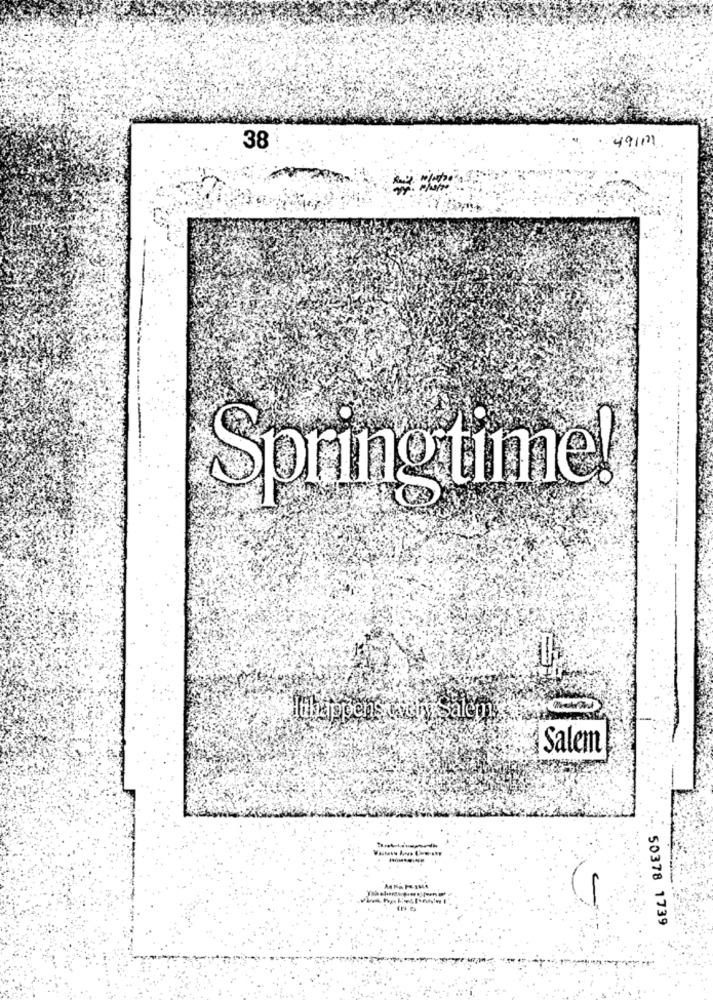
491111
38
Spring time!
Salem
50378 1739